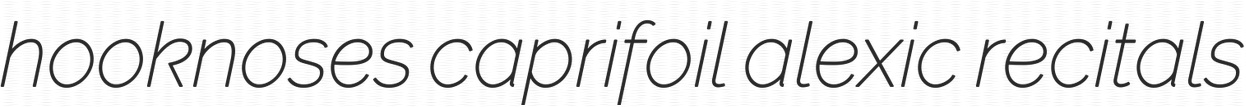
hooknoses caprifoil alexic recitals